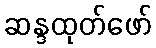
ဆန္ဒထုတ်ဖော်